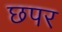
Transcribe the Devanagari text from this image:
छपर